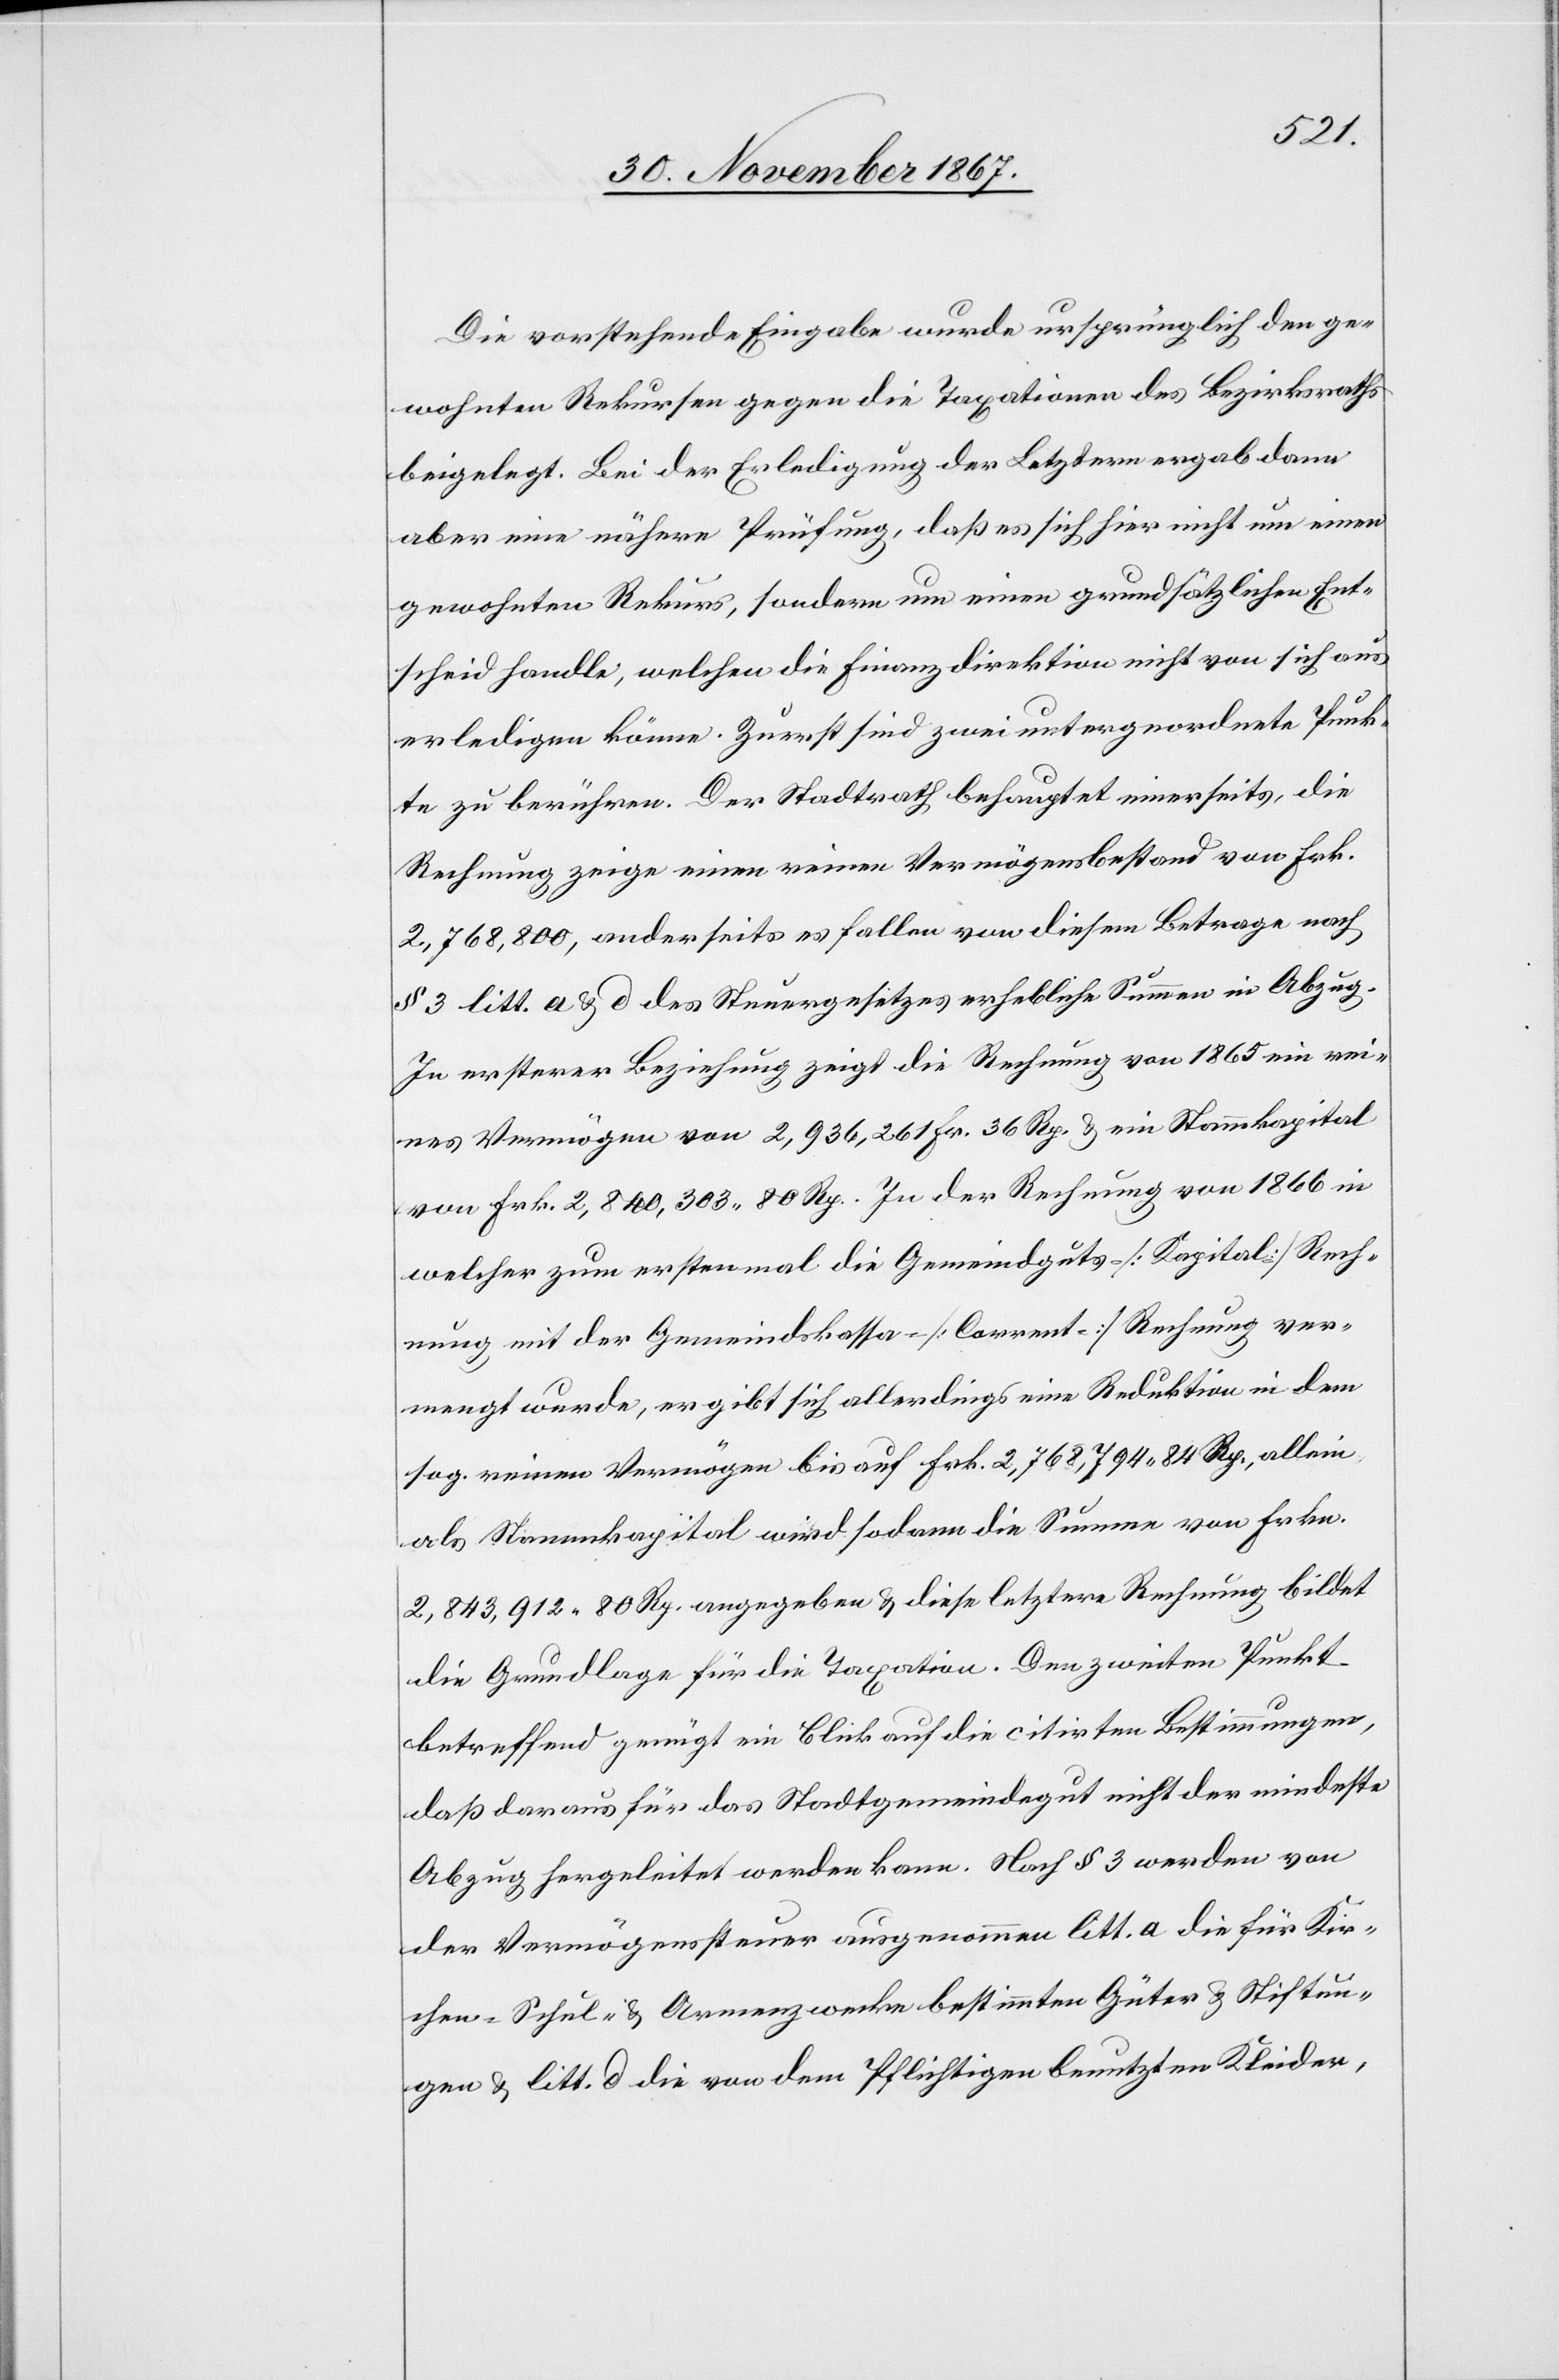
Die vorstehende Eingabe wurde ursprünglich den ge¬
wohnte Rekursen gegen die Taxationen des Bezirksrathes
beigelegt. Bei der Erledigung der Letztern ergab dann
aber eine nähere Prüfung, daß es sich hier nicht um einen
gewohnten Rekurs, sondern um einen grundsätzlichen Ent¬
scheid handle, welchen die Finanzdirektion nicht von sich aus
erledigen könne. Zuerst sind zwei untergeordnete Punk¬
te zu berühren. Der Stadtrath behauptet einerseits, die
Rechnung zeige einen reinen Vermögensbestand von Frk.
2 768 800, anderseits es fallen von diesem Betrag nach
§ 3 litt. a u. d des Steuergesetzes erhebliche Summen in Abzug.
In ersterer Beziehung zeigt die Rechnung von 1865 ein rei¬
nes Vermögen von 2 936 261 Fr. 36 Rp. u. ein Stammkapital
von Frk. 2 840 303.80 Rp. In der Rechnung von 1866 in
welcher zum ersten mal die Gemeindguts- [Kapital-] Rech¬
nung mit der Gemeindskassa- [Corrent-] Rechnung ver¬
mengt wurde, ergibt sich allerdings eine Reduktion in dem
sog. reinen Vermögen bis auf Frk. 2 768 792.84 Rp., allein
als Stammkapital wird sodann die Summe von Frkn.
2 843 912.80 Rp. angegeben u. diese letztere Rechnung bildet
die Grundlage für die Taxation. Den zweiten Punkt
betreffend genügt ein Blick auf die citirten Bestimmungen,
daß daraus für das Stadtgemeindegut nicht der mindeste
Abzug hergeleitet werden kann. Nach § 3 werden von
der Vermögenssteuer ausgenommen litt. a die für Ki¬
chen-[,] Schul- u. Armenzwecke bestimmten Güter u. Stiftun¬
gen u. litt. d die von dem Pflichtigen benutzten Kleider,